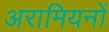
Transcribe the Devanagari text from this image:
अरामियनों